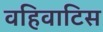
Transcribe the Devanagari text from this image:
वहिवाटिस